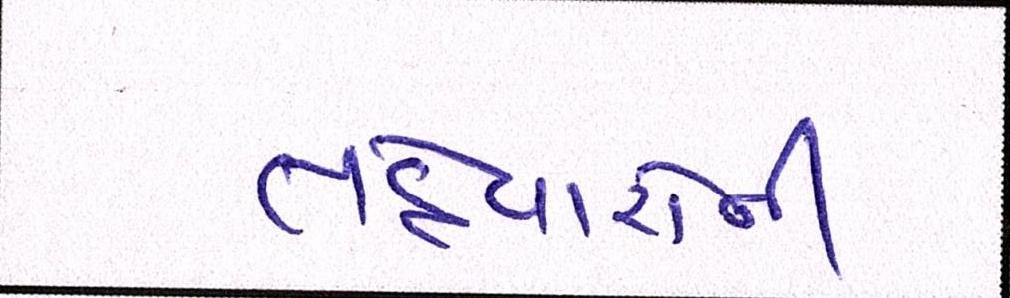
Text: તહેવારોની